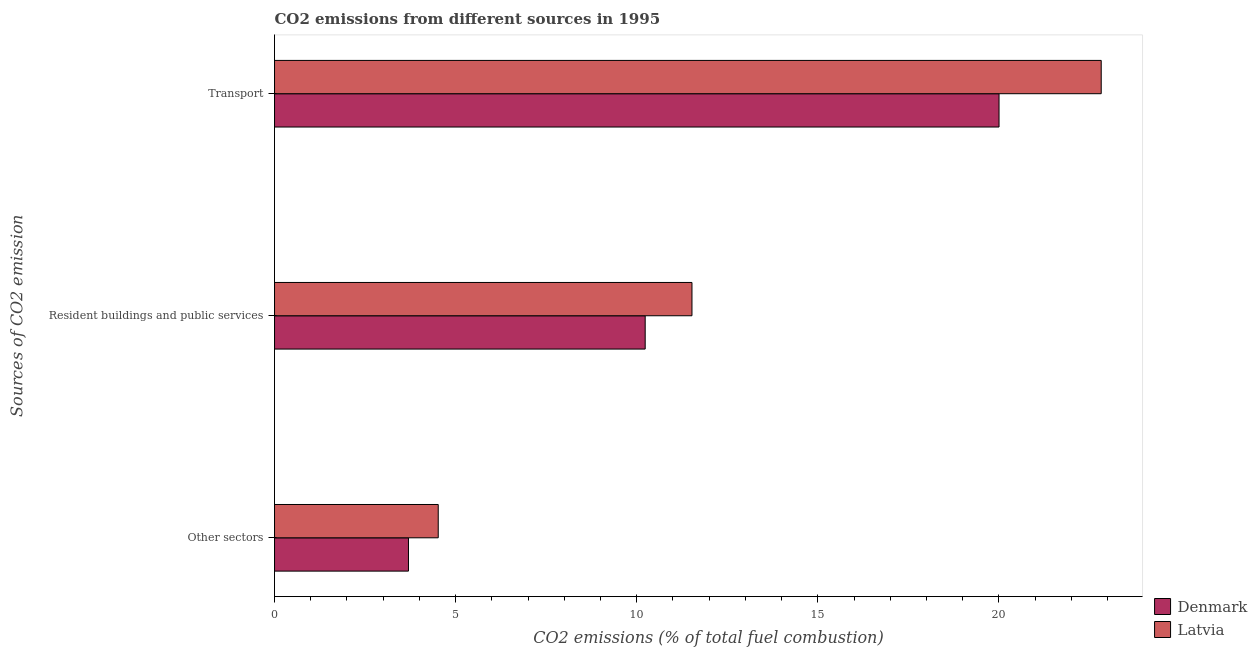
| Sources of CO2 emission | Denmark | Latvia |
 | --- | --- | --- |
 | Other sectors | 3.7 | 4.52 |
 | Resident buildings and public services | 10.2 | 11.5 |
 | Transport | 20 | 22.8 |